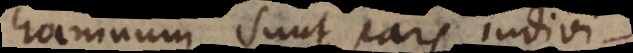
hominum sunt pars indivi